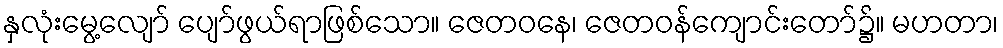
နှလုံးမွေ့လျော် ပျော်ဖွယ်ရာဖြစ်သော။ ဇေတဝနေ၊ ဇေတဝန်ကျောင်းတော်၌။ မဟတာ၊